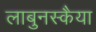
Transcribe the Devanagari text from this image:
लाबुनस्कैया